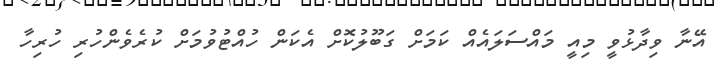
އޭނާ ވިދާޅުވީ މިއީ މައްސަލައެއް ކަމަށް ގަބޫލުކޮށް އެކަން ހުއްޓުވުމަށް ކުރެވެންހުރި ހުރިހާ